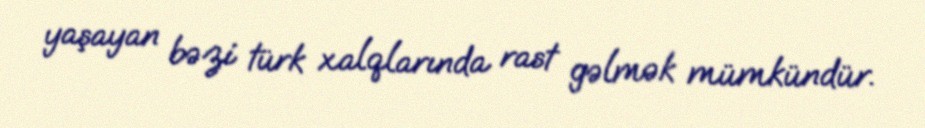
yaşayan bəzi türk xalqlarında rast gəlmək mümkündür.